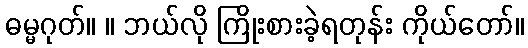
ဓမ္မဂုတ်။ ။ ဘယ်လို ကြိုးစားခဲ့ရတုန်း ကိုယ်တော်။